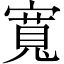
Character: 寬